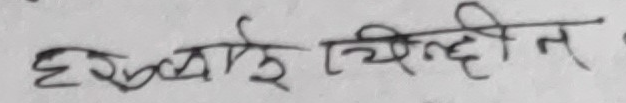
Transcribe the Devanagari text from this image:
हरुलाई चिह्नित